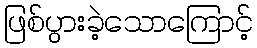
ဖြစ်ပွားခဲ့သောကြောင့်